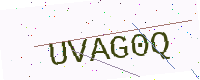
Text: UVAG0Q